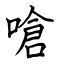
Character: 嗆